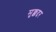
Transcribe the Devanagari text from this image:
मुक्कद्दर